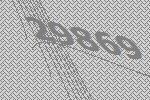
29869